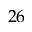
2 6